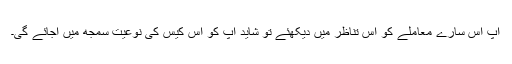
آپ اس سارے معاملے کو اس تناظر میں دیکھئے تو شاید آپ کو اس کیس کی نوعیت سمجھ میں آجائے گی۔